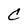
Character: C